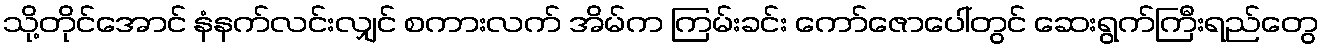
သို့တိုင်အောင် နံနက်လင်းလျှင် စကားလက် အိမ်က ကြမ်းခင်း ကော်ဇောပေါ်တွင် ဆေးရွက်ကြီးရည်တွေ